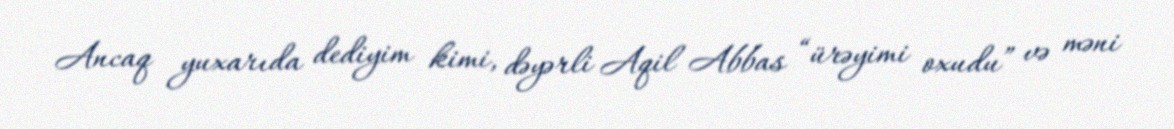
Ancaq yuxarıda dediyim kimi, dəyərli Aqil Abbas “ürəyimi oxudu” və məni